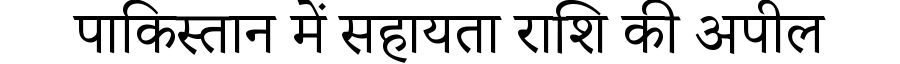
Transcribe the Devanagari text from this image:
पाकिस्तान में सहायता राशि की अपील